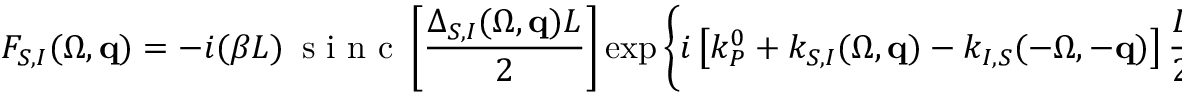
F _ { S , I } ( \Omega , { \bf q } ) = - i ( \beta L ) \, \mathrm { ~ s ~ i ~ n ~ c ~ } \left[ \frac { \Delta _ { S , I } ( \Omega , { \bf q } ) L } { 2 } \right] \exp \left\{ i \left[ k _ { P } ^ { 0 } + k _ { S , I } ( \Omega , { \bf q } ) - k _ { I , S } ( - \Omega , - { \bf q } ) \right] \frac { L } { 2 } \right\} .